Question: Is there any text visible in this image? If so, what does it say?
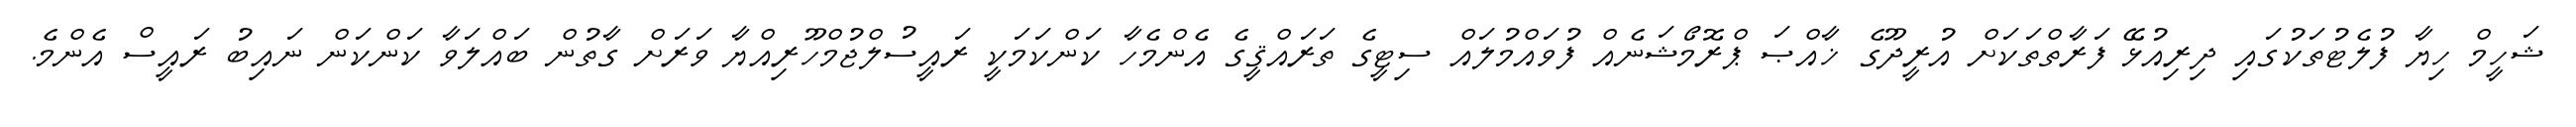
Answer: ޝަހީމް ހިޔާ ފުލެޓުތަކުގައި ދިރިއުޅޭ ފަރާތްތަކަށް އުރީދޫގެ ޚާއްޞަ ޕްރޮމޯޝަނެއް ފުވައްމުލައް ސިޓީގެ ތަރައްޤީގެ އެންމެހާ ކަންކަމަކީ ރައީސުލްޖުމްހޫރިއްޔާ ވަރަށް ގާތުން ބައްލަވާ ކަންކަން ނައިބު ރައީސް އެންމެ.